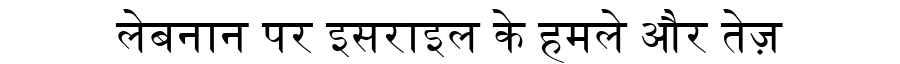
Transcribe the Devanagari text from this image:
लेबनान पर इसराइल के हमले और तेज़